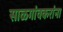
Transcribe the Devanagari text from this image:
साळगांवकरांना